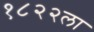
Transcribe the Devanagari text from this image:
१८२२ला